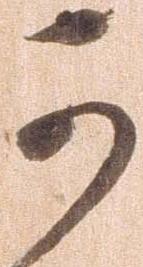
可